King Institute of Preventive Medicine Micro-Biological Section reports 1912-19
Year: 1912
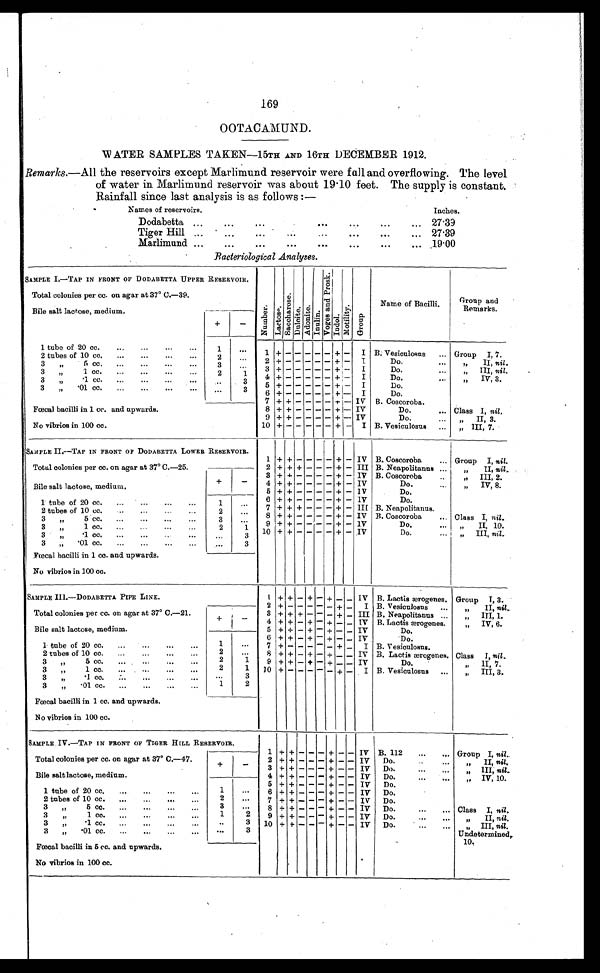
169
OOTACAMUND.
WATER SAMPLES TAKEN—15TH AND 16TH DECEMBER 1912.
Remarks .—All the reservoirs except Marlimund reservoir were fall and overflowing. The level
of water in Marlimund reservoir was about 19 . 10 feet. The supply is constant.
Rainfall since last analysis is as follows :—
Names of reservoirs.
Inches.
.
Dodabetta ...
...
...
...
...
... 27.39
.. .
Tiger Hill ...
. . . .
. . .
. . .
. . . 27.39
Marlimund ...
...
...
...
. —
. . .
. . .
. . . .19.00
Bacteriological Analyses.
SAMPLE I — TAP IN FRONT OF DODABETTA UPPER RESERVOIR.
N u m b e r
L a c o s e
Sacchar os e.
D u l o i t e .
Adoni te. I nul i n.
V o g e s a n d P r o s k .
I n d o l
Moti l i ty
G r o u p
Name of Bacilli.
Group and
Remarks.
Total colonies per cc. on agar at 37° C.—39.
Bile salt lactose, medium.
+ -
1 tube of 20 cc.
...
...
...
. . .
1
...
1
+ -
- - -
-
+ -
I B. Vesiculosus
... Group I, 7.
2 tubes of 10 cc.
...
...
...
. . .
2
. . .
2
+ -
- - -
- + -
1
Do.
...
II, nil.
3
92
5 cc.
...
...
...
...
3
. . .
3
+ -
- - -
- +
-
I
Do.
. . .
,,
Is
III, nil.
3
91
1 cc.
...
...
. . .
2
1
4
+ -
- - -
- + -
I
Do...
IV, 3.
3
,,
.1 cc.
...
...
...
...
. . .
3
5
+ -
- - -
- + -
I
Do.
3
„
'01 cc.
...
...
. . .
. . .
3
6
+ -
- - -
- + -
I
Do.
7 + + - - -
- + - IV B. Coscoroba.
Fœcal bacilli in 1 cc. and upwards.
8 + + - - -
- + - IV
Do.
... Class I, nil .
9 + + - - -
- + - IV
Do.
...
, , I I , 3 .
No vibrios in 100 cc.
10 + -
- - -
- + -
I B. Vesiculosus
...
„ III, 7.
SAMPLE II —TAP IN FRONT OF DODABETTA LOWER RESERVOIR.
Total colonies per cc, on agar at 37° C.— 25.
1 + +
- - - - +
- IV B. Coscoroba
... Group 1, nil.
2 + + +
- - - +
- III B. Neapolitanus ...
„
II, nil .
3 + + — - - - + - IV B. Coscoroba
..
,,
III, 2.
Bile salt lactose, medium.
+
-
4 + + - - - - +
- IV
Do.
IV, 8.
5 + + - - - - +
- IV
Do.
1 tube of 20 cc.
...
...
...
. . .
1
_
...
6 + + - - - - +
- IV
D o
7 + + +
- - - +
- III B. N
Neapo
litanus
2 tubes of 10 cc.
...
..
...
2
...
8 + + - - - - +
- IV B. Coscoroba
... Class I, nil
3 5 c c .
. .
3
. . .
9 + + - - - - +
- IV
Do.
...
„
II, 10.
3
, , 1 cc.
2
1
10 + + - - - - +
- IV
Do.
...
„
III, nil .
3
,,
.1 cc.
...
...
...
...
3
3
„
. 0 1
c c .
. . .
. . .
. . .
. . .
. . .
3
Faecal bacilli in 1 co. and upwards.
No vibrios in 100 cc.
SAMPLE III .— DODABETTA PIPE LINE.
l. + +
- +
- +
- - IV B. Lactis ærogenes. Group I, 3.
2 + - - - - - +
- I B. Vesiculosus
...
II, nil .
Total colonies per cc. on agar at 37° C.—21.
+
-
3 + + +
- - - +
- III B. Neapolitanus ...
III, 1.
4 + +
- +
- +
- - IV B. Lactis ærogenes
, , I V , 6 .
Bile salt lactose, medium.
5 + +
- +
- +
- - IV
Do.
17
1
...
6
+ + - + - + - - IV
Do.
1 tube of 20 cc.
...
...
7 + - - - - - +
- _ I B. V esiculosus.
2
. . .
8 + + - + - + - - IV B. Lactis ærogenes. Class I, nil.
2 tubes of 10 cc.
...
...
...
...
2
1
9
+ + - + - + - - IV
Do.
„
II, 7.
3
22 5cc
...
...
...
...
2
1.
10 + - - - - - +
- I B. Vesiculosus
...
„
III, 3.
3
,, 1cc
...
...
...
...
...
3
3
12.1 cc
...
...
...
...
3
„
.01 cc.
...
...
...
...
1
2
Fœcal bacilli in 1 cc. and upwards.
No vibrios in 100 cc.
SAMPLE IV.— TAP IN FRONT OF TIGER HILL RESERVOIR.
1 + +
- - - +
- - IV B. 112
...
... Group I, nil.
Total colonies per cc. on agar at 37° C.— 47.
+
-
2 + +
- - - +
- - IV
Do.
II, nil.
3 + +
- - - +
- - IV
Do.
...
..
P9
III, nil .
Bile salt lactose, medium.
4 + + - - - +
- - IV
Do.
...
...
„ IV, 10.
1 tube of 20 cc.
...
...
...
...
1
. . .
5
+ + - - - +
- - IV
Do.
6 + + - - - +
- - IV
Do.
2
...
7 + +
- - - +
- - IV
Do.
2 tubes of 10 cc.
...
...
...
3
. . .
8 + + - - - +
- - IV
Do.
...
... Class I, nil.
3
,,5cc....
...
..
.
1
2
3
,,.1cc ...
...
..
.
9 + +
- - - +
- - IV
Do.
...
...
„
II, nil.
3
,,.1cc ...
...
..
.
..
3
10 + + - -
-- + -- - IV
Do.
...
...
,
III, nil.
...
3
Undetermined,
1 0 .
3
„
.01 cc.
...
...
...
...
Fœcal bacilli in 5 cc. and upwards.
No vibrios in 100 cc.